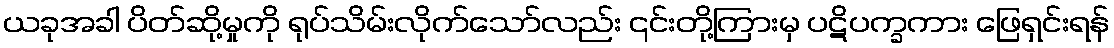
ယခုအခါ ပိတ်ဆို့မှုကို ရုပ်သိမ်းလိုက်သော်လည်း ၎င်းတို့ကြားမှ ပဋိပက္ခကား ဖြေရှင်းရန်